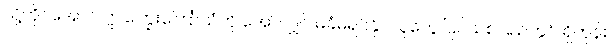
သို့တိုင်အောင် ဤကြွေးကြော်သံကို အော်လျှင် မခံမရပ်နိုင်သူတွေ ပြင်သစ်ပြည်တွင် ရှိတုန်း။